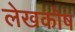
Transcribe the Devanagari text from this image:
लेखकोष